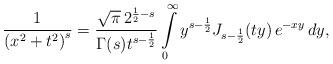
LaTeX: \begin{align*}\frac{1}{\left(x^{2}+t^{2}\right)^{s}}=\frac{\sqrt{\pi}\,2^{\frac{1}{2}-s}}{\Gamma(s)t^{s-\frac{1}{2}}}\intop_{0}^{\infty}y^{s-\frac{1}{2}}J_{s-\frac{1}{2}}(ty)\,e^{-xy}\,dy,\end{align*}